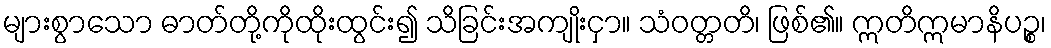
များစွာသော ဓာတ်တို့ကိုထိုးထွင်း၍ သိခြင်းအကျိုးငှာ။ သံဝတ္တတိ၊ ဖြစ်၏။ ဣတိဣမာနိပဉ္စ၊